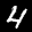
Label: 4